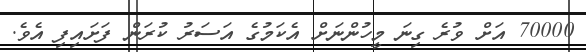
70000 އަށް ވުރެ ގިނަ މީހުންނަށް އެކަމުގެ އަސަރު ކުރަން ފަށައިފި އެވެ.